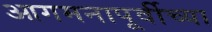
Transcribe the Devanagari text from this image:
आगमनापूर्वीच्या